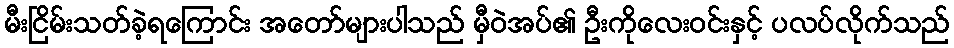
မီးငြိမ်းသတ်ခဲ့ရကြောင်း အတော်များပါသည် မှီဝဲအပ်၏ ဦးကိုလေးဝင်းနှင့် ပလပ်လိုက်သည်